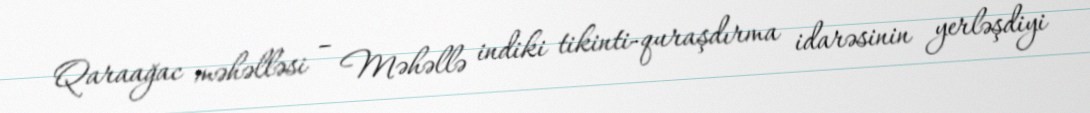
Qaraağac məhəlləsi – Məhəllə indiki tikinti-quraşdırma idarəsinin yerləşdiyi